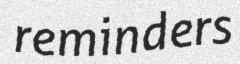
reminders